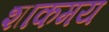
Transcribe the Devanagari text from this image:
शाकमय